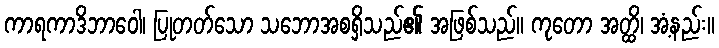
ကာရကာဒိဘာဝေါ၊ ပြုတတ်သော သဘောအစရှိသည်၏ အဖြစ်သည်။ ကုတော အတ္ထိ၊ အံ့နည်း။